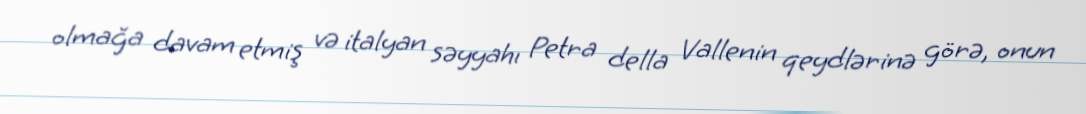
olmağa davam etmiş və italyan səyyahı Petra della Vallenin qeydlərinə görə, onun